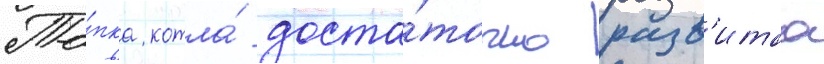
То́пка котла́ доста́точно разв'итаа